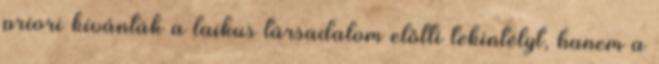
priori kívánták a laikus társadalom előtti tekintélyt, hanem a